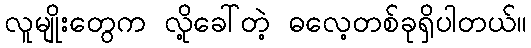
လူမျိုးတွေက လို့ခေါ်တဲ့ ဓလေ့တစ်ခုရှိပါတယ်။